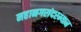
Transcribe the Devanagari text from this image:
महानगरांदरम्यान